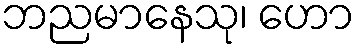
ဘညမာနေသု၊ ဟော